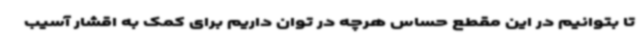
تا بتوانیم در این مقطع حساس هرچه در توان داریم برای کمک به اقشار آسیب